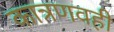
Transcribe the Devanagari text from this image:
कात्रणवही